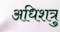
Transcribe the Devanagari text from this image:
अधिशत्रु